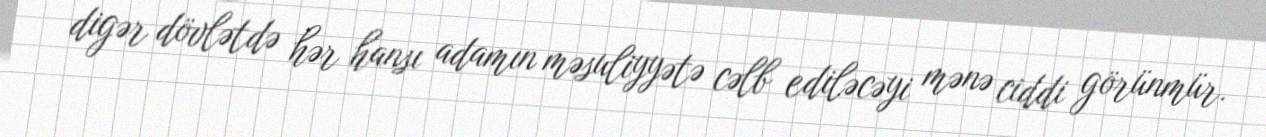
digər dövlətdə hər hansı adamın məsuliyyətə cəlb ediləcəyi mənə ciddi görünmür.